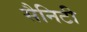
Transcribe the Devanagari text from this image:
सैनिटी